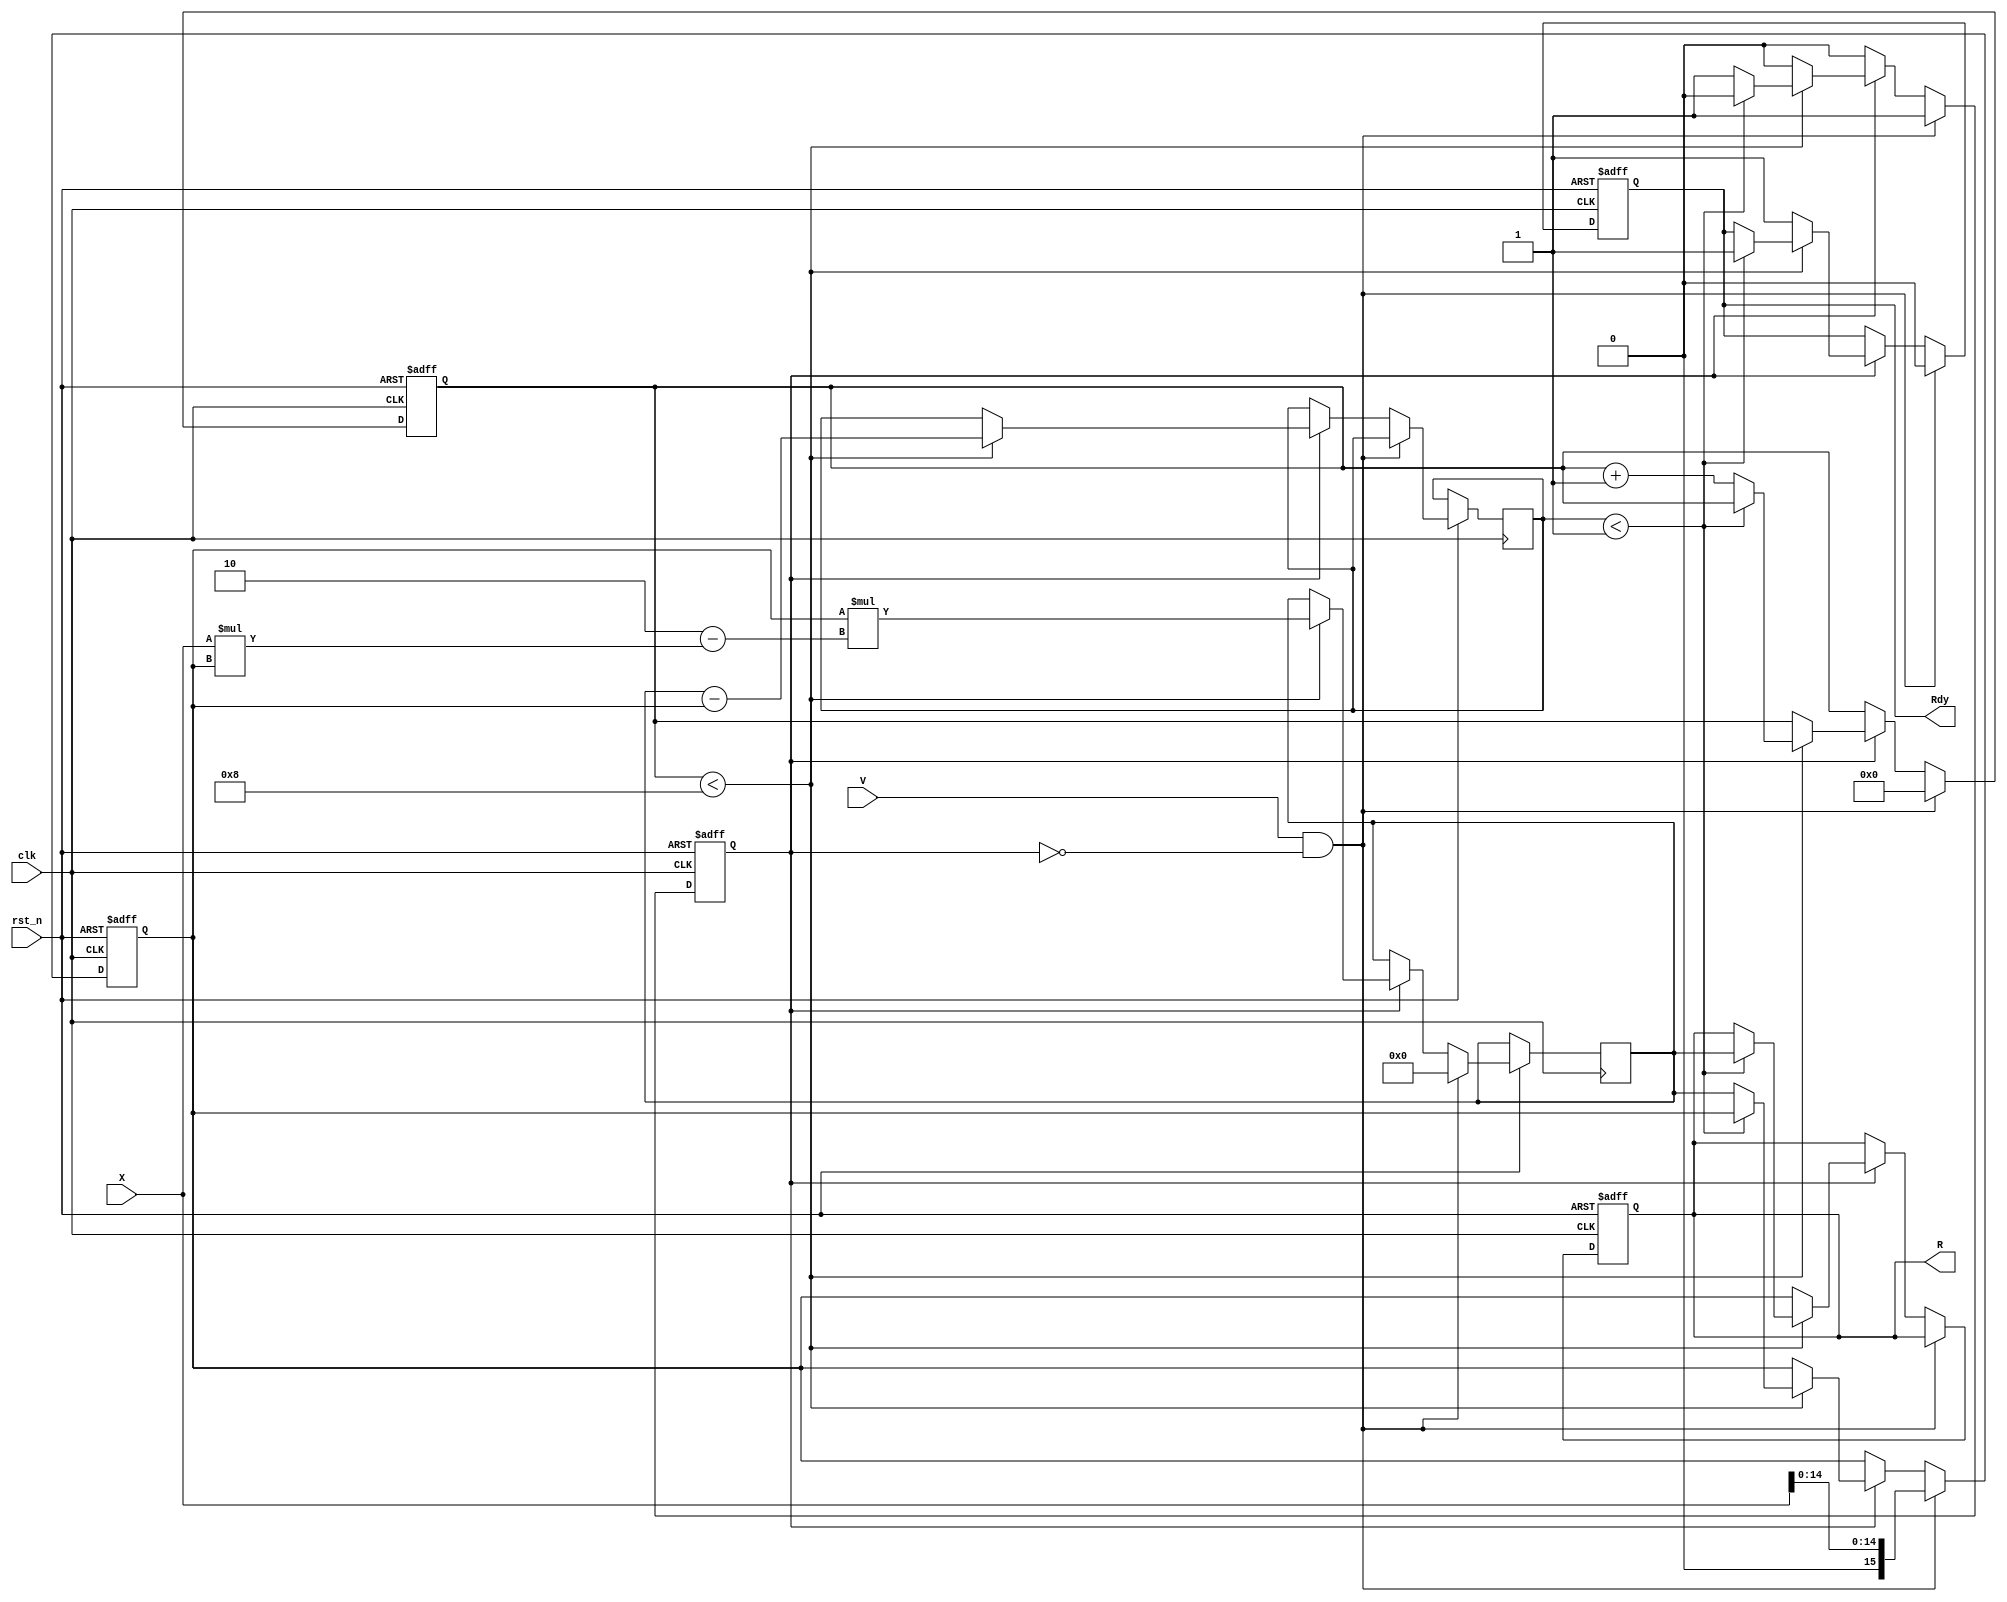
module IterativeReciprocal #(
    parameter N = 16,              // Bit-width for input and output
    parameter MAX_ITER = 8,        // Maximum number of iterations
    parameter CONVERGENCE_THRESHOLD = 16'h0001 // Convergence threshold
)(
    input wire clk,                // Clock signal
    input wire rst_n,              // Active low reset
    input wire [N-1:0] X,          // Input value (0 < X < 1)
    input wire V,                  // Valid input signal
    output reg [N-1:0] R,          // Output reciprocal
    output reg Rdy                 // Ready signal
);

    reg [N-1:0] R_est;             // Current estimate of the reciprocal
    reg [N-1:0] R_next;            // Next estimate of the reciprocal
    reg [N-1:0] delta;             // Change in reciprocal estimate
    reg [3:0] iteration_count;      // Iteration counter
    reg processing;                 // Processing state

    // Initialization logic
    always @(posedge clk or negedge rst_n) begin
        if (!rst_n) begin
            R <= 0;
            Rdy <= 0;
            R_est <= 0;
            iteration_count <= 0;
            processing <= 0;
        end else begin
            if (V && !processing) begin
                // Start processing
                R_est <= {1'b0, X[N-2:0]}; // Initial estimate (1/X)
                R_next <= 0;
                iteration_count <= 0;
                processing <= 1;
                Rdy <= 0;
            end else if (processing) begin
                if (iteration_count < MAX_ITER) begin
                    // Newton-Raphson iteration
                    R_next <= R_est * (2 - X * R_est);
                    delta <= R_next - R_est;

                    // Check for convergence
                    if (delta < CONVERGENCE_THRESHOLD) begin
                        R <= R_next; // Update the final result
                        Rdy <= 1;    // Set ready signal
                        processing <= 0; // Stop processing
                    end else begin
                        R_est <= R_next; // Update the estimate
                        iteration_count <= iteration_count + 1; // Increment iteration counter
                    end
                end else begin
                    // Maximum iterations reached
                    R <= R_est; // Final estimate
                    Rdy <= 1;   // Set ready signal
                    processing <= 0; // Stop processing
                end
            end
        end
    end
endmodule